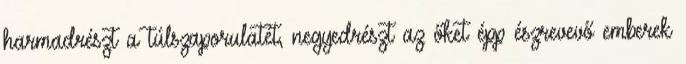
harmadrészt a túlszaporulatét, negyedrészt az őket épp észrevevő emberek